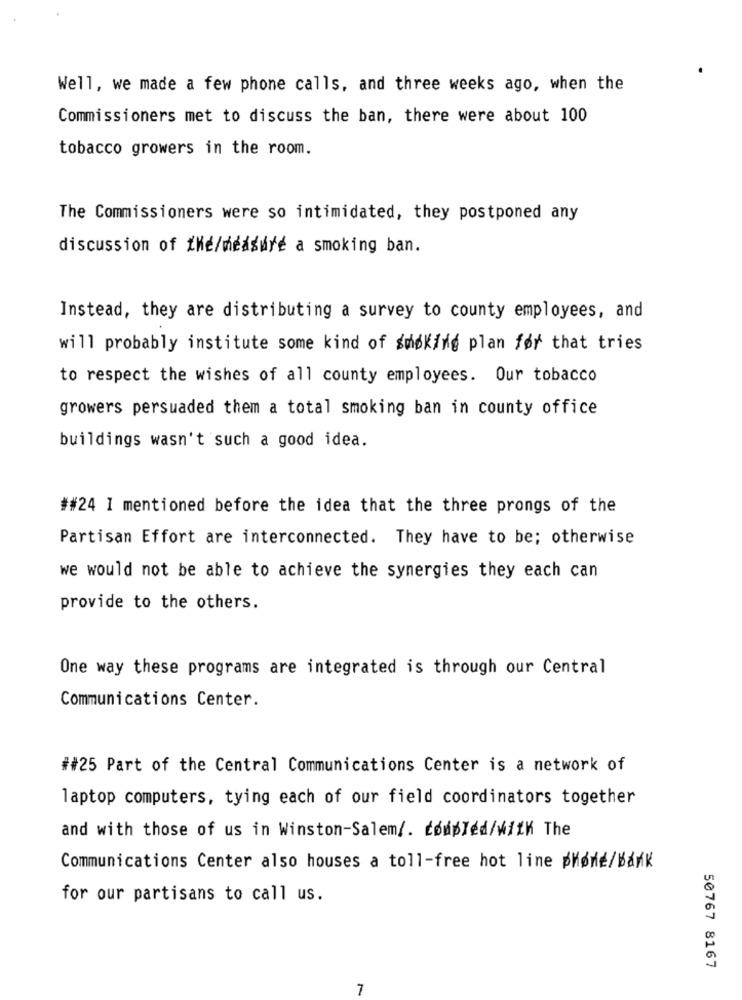
Well, we made a few phone calls, and three weeks ago, when the
Commissioners met to discuss the ban, there were about 100
tobacco growers in the room.
The Commissioners were so intimidated, they postponed any
discussion of thé/medsure a smoking ban.
Instead, they are distributing a survey to county employees, and
will probably institute some kind of smoking plan for that tries
to respect the wishes of all county employees. Our tobacco
growers persuaded them a total smoking ban in county office
buildings wasn't such a good idea.
##24 I mentioned before the idea that the three prongs of the
Partisan Effort are interconnected. They have to be; otherwise
we would not be able to achieve the synergies they each can
provide to the others.
One way these programs are integrated is through our Central
Communications Center.
##25 Part of the Central Communications Center is a network of
laptop computers, tying each of our field coordinators together
and with those of us in Winston-Salem/. coupled/with The
Communications Center also houses a toll-free hot line phone/Bank
for our partisans to call us.
50767 8167
7